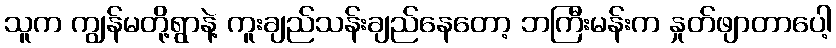
သူက ကျွန်မတို့ရွာနဲ့ ကူးချည်သန်းချည်နေတော့ ဘကြီးမန်းက နှုတ်ဖျာတာပေါ့